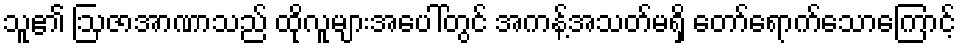
သူ၏ ဩဇာအာဏာသည် ထိုလူများအပေါ်တွင် အကန့်အသတ်မရှိ တော်ရောက်သောကြောင့်